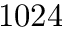
1 0 2 4